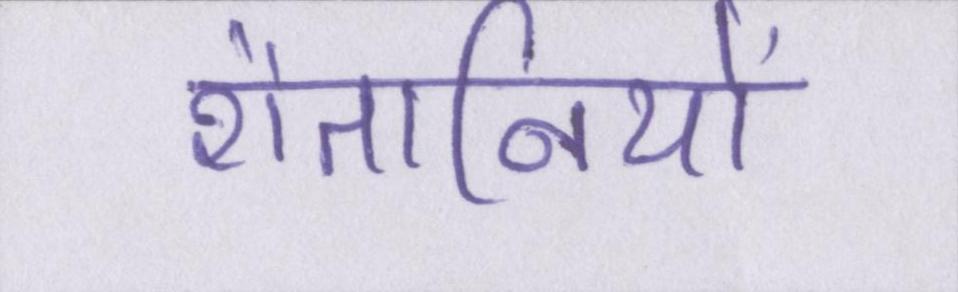
शैतानियों